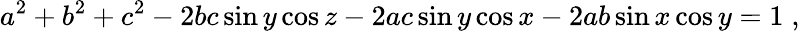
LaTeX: a^{2}+b^{2}+c^{2}-2bc\sin y\cos z-2ac\sin y\cos x-2ab\sin x\cos y=1\; ,